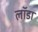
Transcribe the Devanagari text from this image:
लॉडा